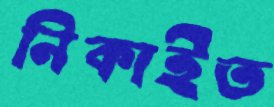
নিকাইত